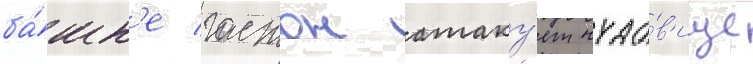
ба́шн'е гастон атаку́ет чудо́в'ище